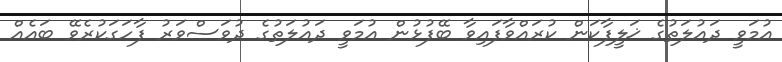
އުމަވީ ދައުލަތުގެ ޚަލީފާކަން ކުރައްވާފައިވާ ބޭފުޅުން އުމަވީ ދައުލަތުގެ ދުވަސްވަރު ފާހަގަކުރެވޭ ބައެއް